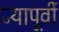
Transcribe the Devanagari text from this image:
ज्यापूर्वी